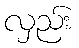
လှည်း